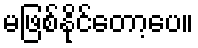
မဖြစ်နိုင်တော့ပေ။